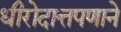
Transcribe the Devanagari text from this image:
धीरोदात्तपणाने